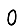
Digit: 0